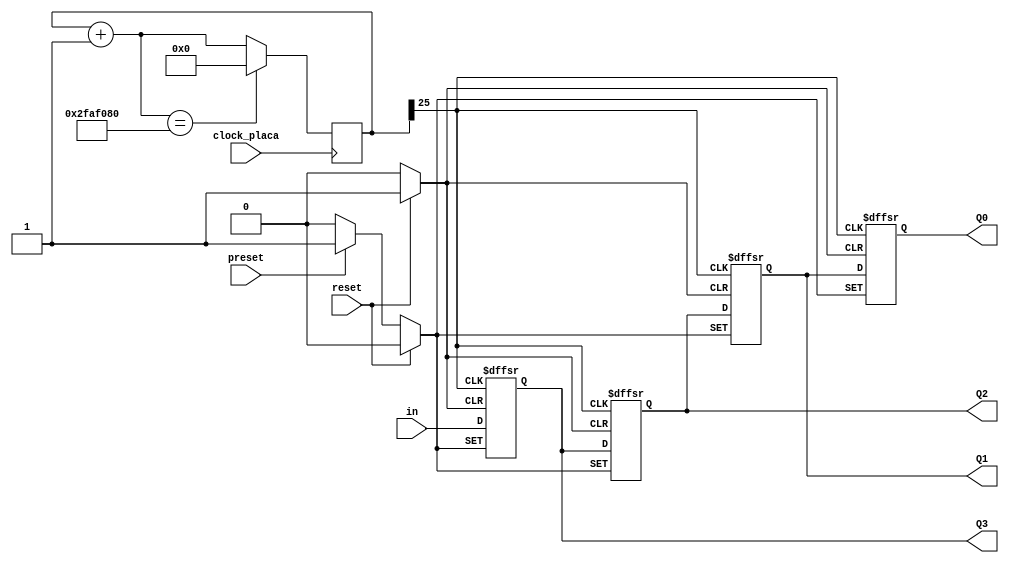
module luzes(in, preset, reset, clock_placa, Q3, Q2, Q1, Q0);

	input in, preset, reset, clock_placa;
	
	output reg Q3, Q2, Q1, Q0;
	
	reg [25:0] cont;
	
	initial
		begin
			cont = 26'b0;
		end
	
	always @ (posedge clock_placa)
		begin
			cont = cont + 1;
			if (cont == 26'b10111110101111000010000000)
				begin
					cont = 26'b0;
				end
		end
	
	wire clock;
	assign clock = cont[25];
	
	always @ (posedge clock or posedge reset or posedge preset)
		begin
			if (reset == 1'b1)
				begin
					Q3 <= 1'b0;
					Q2 <= 1'b0;
					Q1 <= 1'b0;
					Q0 <= 1'b0;
				end
			else
			if (preset == 1'b1)
				begin
					Q3 <= 1'b1;
					Q2 <= 1'b1;
					Q1 <= 1'b1;
					Q0 <= 1'b1;
				end
			else
				begin
					Q3 <= in;
					Q2 <= Q3;
					Q1 <= Q2;
					Q0 <= Q1;
				end
		end

endmodule